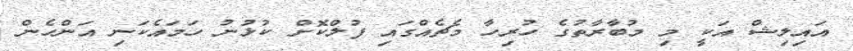
އައިލިޝް އަކީ މި މުބާރާތުގެ ހުރިހާ މެޗެއްގައި ފުލްކޮށް ކުޅުނު ހަމައެކަނި އަންހެން